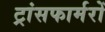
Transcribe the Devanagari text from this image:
ट्रांसफार्मरों